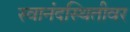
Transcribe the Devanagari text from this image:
स्वानंदस्थितीवर